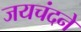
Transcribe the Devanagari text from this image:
जयचंदने